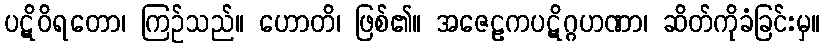
ပဋိဝိရတော၊ ကြဉ်သည်။ ဟောတိ၊ ဖြစ်၏။ အဇေဠကပဋိဂ္ဂဟဏာ၊ ဆိတ်ကိုခံခြင်းမှ။